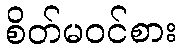
စိတ်မဝင်စား